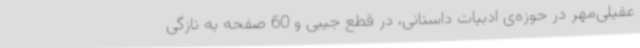
عقیلی‌مهر در حوزه‌ی ادبیات داستانی، در قطع جیبی و 60 صفحه به تازگی